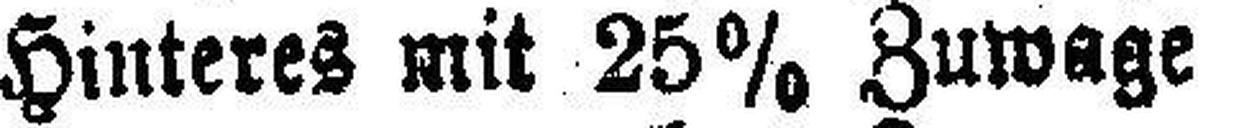
Hinteres mit 25% Zuwage